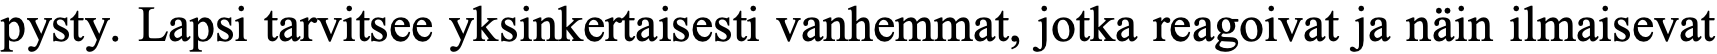
pysty. Lapsi tarvitsee yksinkertaisesti vanhemmat, jotka reagoivat ja näin ilmaisevat